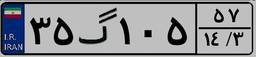
۶۸گ۰۸۰۱۹